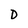
Character: D